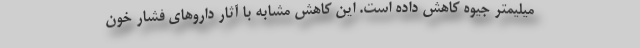
میلیمتر جیوه کاهش داده است. این کاهش مشابه با آثار داروهای فشار خون